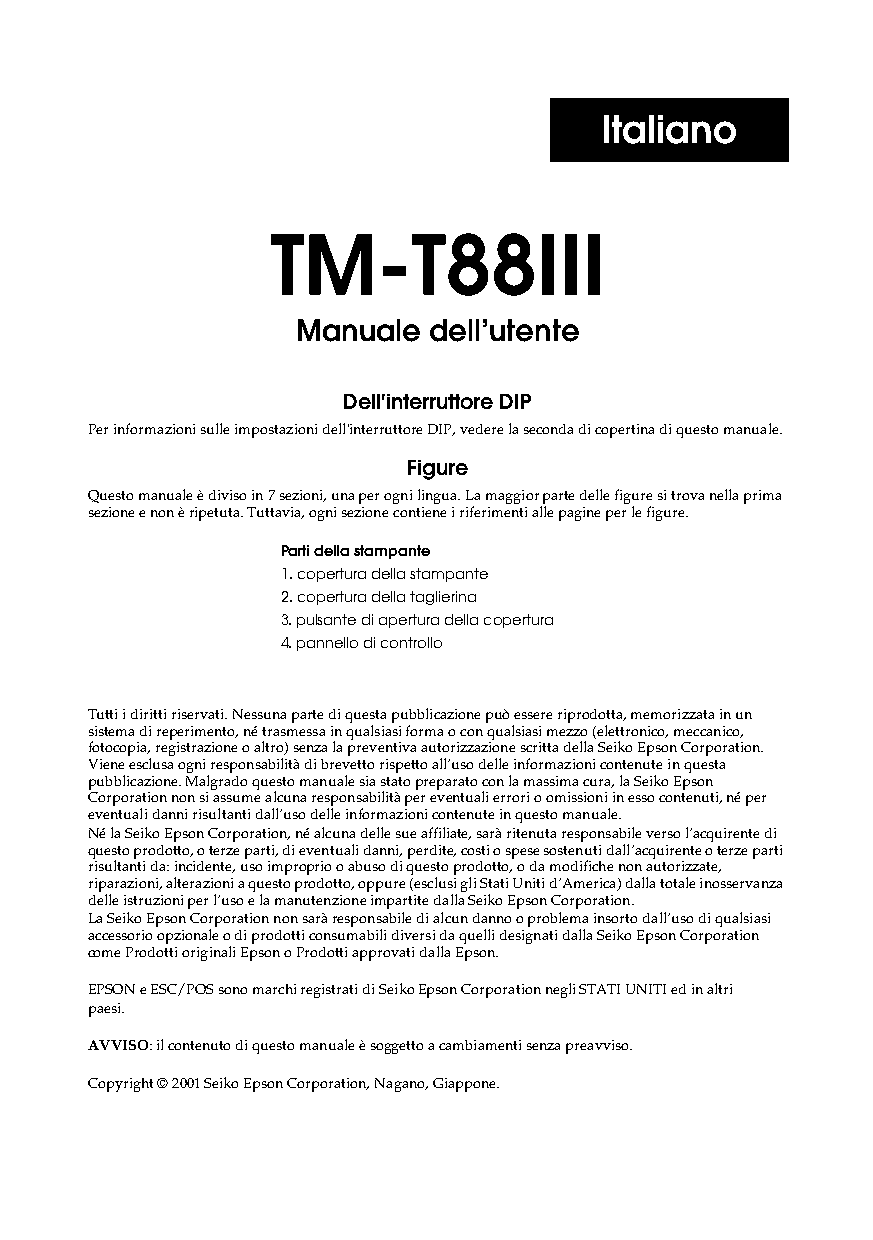
Italiano
 TM-T88III
 Manuale  dell’utente
 Dell'interruttore DIP
 Per informazioni sulle impostazioni dell'interruttore DIP, vedere la seconda di copertina di questo manuale.
 Figure
 Questo manuale è diviso in 7 sezioni, una per ogni lingua. La maggior parte delle figure si trova nella prima
 sezione e non è ripetuta. Tuttavia, ogni sezione contiene i riferimenti alle pagine per le figure.
 Parti della stampante
 1. copertura della stampante
 2. copertura della taglierina
 3. pulsante di apertura della copertura
 4. pannello di controllo
 Tutti i diritti riservati. Nessuna parte di questa pubblicazione può essere riprodotta, memorizzata in un
 sistema di reperimento, né trasmessa in qualsiasi forma o con qualsiasi mezzo (elettronico, meccanico,
 fotocopia, registrazione o altro) senza la preventiva autorizzazione scritta della Seiko Epson Corporation.
 Viene esclusa ogni responsabilità di brevetto rispetto all’uso delle informazioni contenute in questa
 pubblicazione. Malgrado questo manuale sia stato preparato con la massima cura, la Seiko Epson
 Corporation non si assume alcuna responsabilità per eventuali errori o omissioni in esso contenuti, né per
 eventuali danni risultanti dall’uso delle informazioni contenute in questo manuale.
 Né la Seiko Epson Corporation, né alcuna delle sue affiliate, sarà ritenuta responsabile verso l’acquirente di
 questo prodotto, o terze parti, di eventuali danni, perdite, costi o spese sostenuti dall’acquirente o terze parti
 risultanti da: incidente, uso improprio o abuso di questo prodotto, o da modifiche non autorizzate,
 riparazioni, alterazioni a questo prodotto, oppure (esclusi gli Stati Uniti d’America) dalla totale inosservanza
 delle istruzioni per l’uso e la manutenzione impartite dalla Seiko Epson Corporation.
 La Seiko Epson Corporation non sarà responsabile di alcun danno o problema insorto dall’uso di qualsiasi
 accessorio opzionale o di prodotti consumabili diversi da quelli designati dalla Seiko Epson Corporation
 come Prodotti originali Epson o Prodotti approvati dalla Epson.
 EPSON e ESC/POS sono marchi registrati di Seiko Epson Corporation negli STATI UNITI ed in altri
 paesi.
 AVVISO: il contenuto di questo manuale è soggetto a cambiamenti senza preavviso.
 Copyright © 2001 Seiko Epson Corporation, Nagano, Giappone.